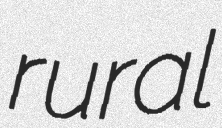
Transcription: rural